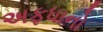
અફધાનો